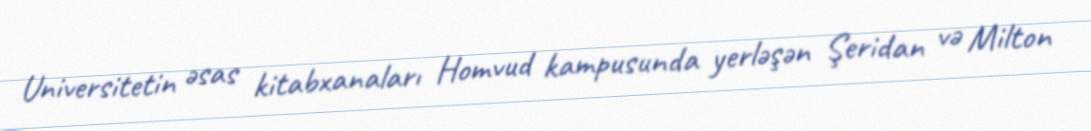
Universitetin əsas kitabxanaları Homvud kampusunda yerləşən Şeridan və Milton